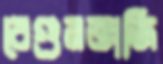
বেগুনভাজি